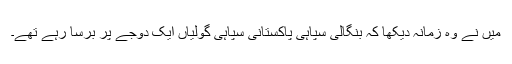
میں نے وہ زمانہ دیکھا کہ بنگالی سپاہی پاکستانی سپاہی گولیاں ایک دوجے پر برسا رہے تھے۔